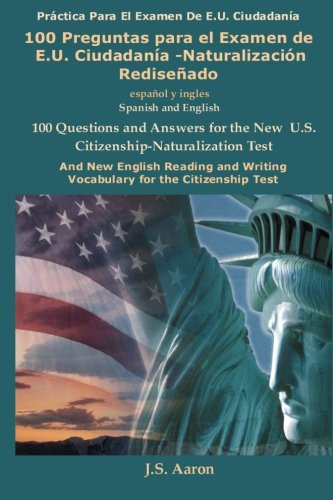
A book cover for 100 Preguntas para el Examen de E.U. CiudadanÃ­a-NaturalizaciÃ³n RediseÃ±ado / 100 Questions for the New U.S. Citizenship Test (Spanish and English Edition); Test Preparation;